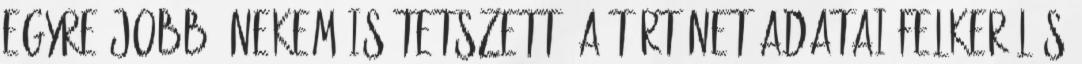
Egyre jobb, nekem is tetszett. A történet adatai Felkerülés